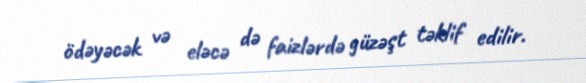
ödəyəcək və eləcə də faizlərdə güzəşt təklif edilir.